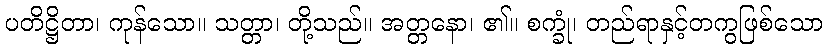
ပတိဋ္ဌိတာ၊ ကုန်သော။ သတ္တာ၊ တို့သည်။ အတ္တနော၊ ၏။ စက္ခုံ၊ တည်ရာနှင့်တကွဖြစ်သော